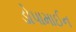
ડોપામાઈન